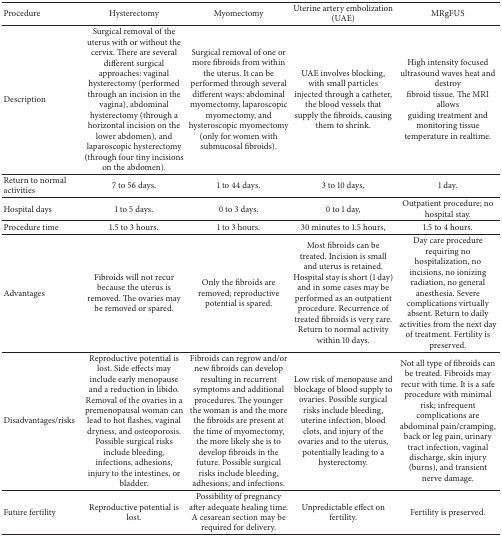
<table><thead><tr><td><b>Procedure</b></td><td><b>Hysterectomy</b></td><td><b>Myomectomy</b></td><td><b>Uterine artery embolization (UAE)</b></td><td><b>MRgFUS</b></td></tr></thead><tbody><tr><td>Description</td><td>Surgical removal of the uterus with or without the cervix. There are several different surgical approaches: vaginal hysterectomy (performed through an incision in the vagina), abdominal hysterectomy (through a horizontal incision on the lower abdomen), and laparoscopic hysterectomy (through four tiny incisions on the abdomen).</td><td>Surgical removal of one or more fibroids from within the uterus. It can be performed through several different ways: abdominal myomectomy, laparoscopic myomectomy, and hysteroscopic myomectomy (only for women with submucosal fibroids).</td><td>UAE involves blocking, with small particles injected through a catheter, the blood vessels that supply the fibroids, causing them to shrink.</td><td>High intensity focused ultrasound waves heat and destroyfibroid tissue. The MRI allows guiding treatment and monitoring tissue temperature in realtime.</td></tr><tr><td>Return to normal activities</td><td>7 to 56 days.</td><td>1 to 44 days.</td><td>3 to 10 days,</td><td>1 day.</td></tr><tr><td>Hospital days</td><td>1 to 5 days.</td><td>0 to 3 days.</td><td>0 to 1 day,</td><td>Outpatient procedure; no hospital stay.</td></tr><tr><td>Procedure time</td><td>1.5 to 3 hours.</td><td>1 to 3 hours.</td><td>30 minutes to 1.5 hours,</td><td>1.5 to 4 hours.</td></tr><tr><td>Advantages</td><td>Fibroids will not recur because the uterus is removed. The ovaries may be removed or spared.</td><td>Only the fibroids are removed; reproductive potential is spared.</td><td>Most fibroids can be treated. Incision is small and uterus is retained. Hospital stay is short (1 day) and in some cases may be performed as an outpatient procedure. Recurrence of treated fibroids is very rare. Return to normal activity within 10 days.</td><td>Day care procedure requiring no hospitalization, no incisions, no ionizing radiation, no general anesthesia. Severe complications virtually absent. Return to daily activities from the next day of treatment. Fertility is preserved.</td></tr><tr><td>Disadvantages/risks</td><td>Reproductive potential is lost. Side effects may include early menopause and a reduction in libido. Removal of the ovaries in a premenopausal woman can lead to hot flashes, vaginal dryness, and osteoporosis. Possible surgical risks include bleeding, infections, adhesions, injury to the intestines, or bladder.</td><td>Fibroids can regrow and/or new fibroids can develop resulting in recurrent symptoms and additional procedures. The younger the woman is and the more the fibroids are present at the time of myomectomy, the more likely she is to develop fibroids in the future. Possible surgical risks include bleeding, adhesions, and infections.</td><td>Low risk of menopause and blockage of blood supply to ovaries. Possible surgical risks include bleeding, uterine infection, blood clots, and injury of the ovaries and to the uterus, potentially leading to a hysterectomy.</td><td>Not all type of fibroids can be treated. Fibroids may recur with time. It is a safe procedure with minimal risk; infrequent complications are abdominal pain/cramping, back or leg pain, urinary tract infection, vaginal discharge, skin injury (burns), and transient nerve damage.</td></tr><tr><td>Future fertility</td><td>Reproductive potential is lost.</td><td>Possibility of pregnancy after adequate healing time. A cesarean section may be required for delivery.</td><td>Unpredictable effect on fertility.</td><td>Fertility is preserved.</td></tr></tbody></table>